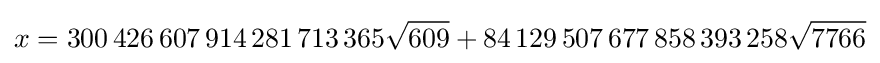
x=300\,426\,607\,914\,281\,713\,365{\sqrt {609}}+84\,129\,507\,677\,858\,393\,258{\sqrt {7766}}